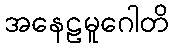
အနေဠမူဂေါတိ